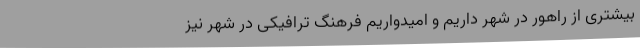
بیشتری از راهور در شهر داریم و امیدواریم فرهنگ ترافیکی در شهر نیز